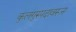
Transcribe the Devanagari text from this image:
कुलगुरुपदावरून